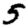
Digit: 5